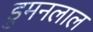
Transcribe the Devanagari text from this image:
डुमनलाल